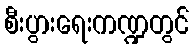
စီးပွားရေးကဏ္ဍတွင်